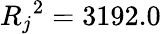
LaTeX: {R_{j}}^{2}=3192.0